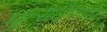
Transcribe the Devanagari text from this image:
मुत्सदेपणा